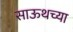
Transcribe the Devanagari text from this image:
साऊथच्या